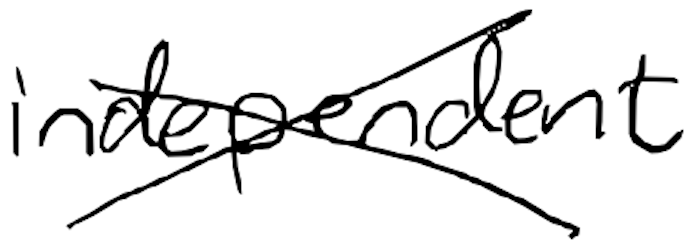
Text: independent
Cross-out: cross
Writing tool: digital_black